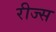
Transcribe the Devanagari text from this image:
रीज्स